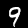
Label: 9